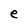
Character: e